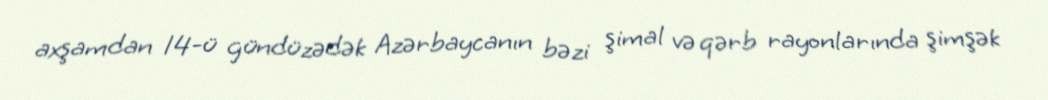
axşamdan 14-ü gündüzədək Azərbaycanın bəzi şimal və qərb rayonlarında şimşək